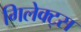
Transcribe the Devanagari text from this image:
गिलेक्ट्स